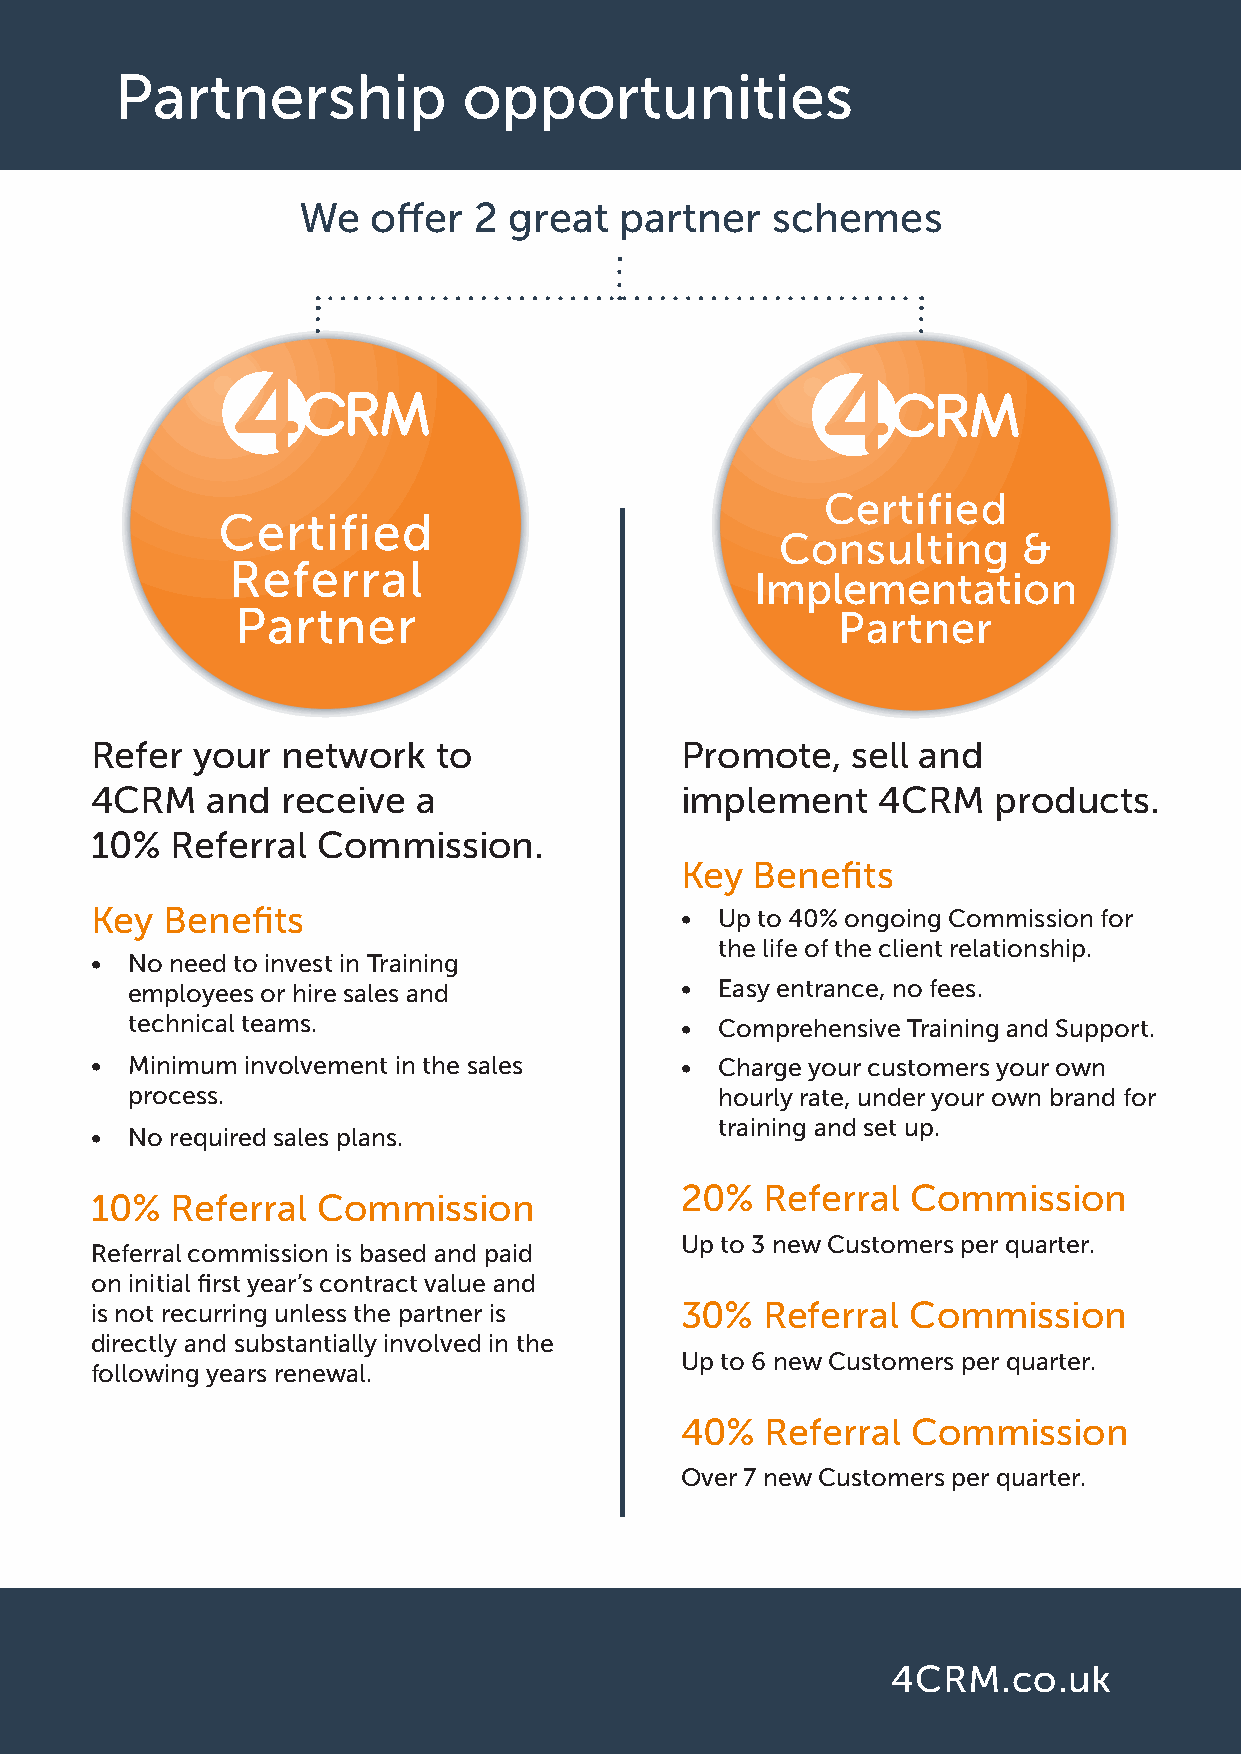
Partnership            opportunities
 We   offer 2  great  partner   schemes
 Certified
 Certified
 Consulting      &
 Referral
 Implementation
 Partner                                Partner
 Refer  your  network   to              Promote,   sell and
 4CRM    and  receive  a                implement    4CRM    products.
 10%  Referral  Commission.
 Key  Benefits
 Key  Benefits                          •  Up to 40% ongoing Commission for
 the life of the client relationship.
 • No need to invest in Training
 employees or hire sales and          •  Easy entrance, no fees.
 technical teams.                     •  Comprehensive Training and Support.
 • Minimum involvement in the sales     •  Charge your customers your own
 process.                                hourly rate, under your own brand for
 training and set up.
 • No required sales plans.
 20%   Referral Commission
 10%  Referral  Commission
 Up to 3 new Customers per quarter.
 Referral commission is based and paid
 on initial first year’s contract value and
 is not recurring unless the partner is 30%   Referral Commission
 directly and substantially involved in the
 Up to 6 new Customers per quarter.
 following years renewal.
 40%   Referral Commission
 Over 7 new Customers per quarter.
 4CRM.co.uk